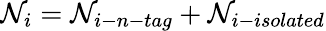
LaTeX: \mathcal{N}_{i}=\mathcal{N}_{i-n-tag}+\mathcal{N}_{i-isolated}